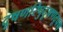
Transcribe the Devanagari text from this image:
दूषणरिपुदूषणदूषण